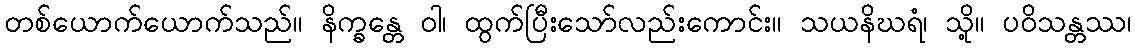
တစ်ယောက်ယောက်သည်။ နိက္ခန္တေ ဝါ၊ ထွက်ပြီးသော်လည်းကောင်း။ သယနိဃရံ၊ သို့။ ပဝိသန္တဿ၊